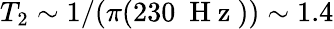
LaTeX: T_{2}\sim 1/(\pi(230~\mathrm{~H~z~}))\sim 1.4